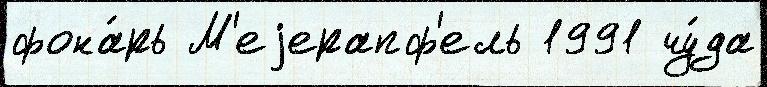
фона́рь М'еjерапф'ель 1991 чу́да